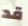
قد